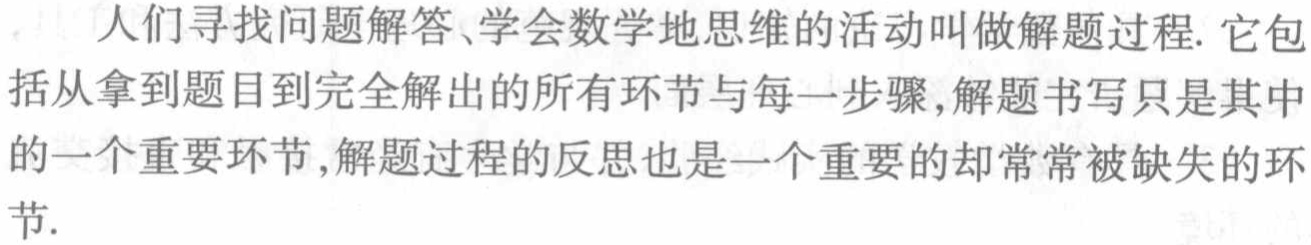
人们寻找问题解答、学会数学地思维的活动叫做解题过程. 它包括从拿到题目到完全解出的所有环节与每一步骤, 解题书写只是其中的一个重要环节, 解题过程的反思也是一个重要的却常常被缺失的环节.